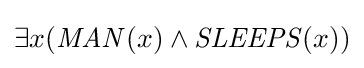
\exists x({\mathit {MAN}}(x)\wedge {\mathit {SLEEPS}}(x))